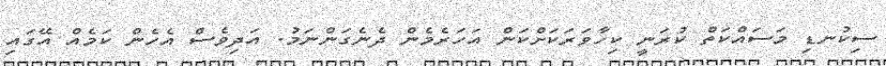
ސިކުނޑި މަސައްކަތް ކުރަނީ ކިހާވަރަކަށްކަން އަހަރެމެން ދެނެގަންނަމު. އަދިވެސް އެހެން ކަމެއް އޭގައި